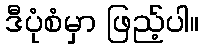
ဒီပုံစံမှာ ဖြည့်ပါ။